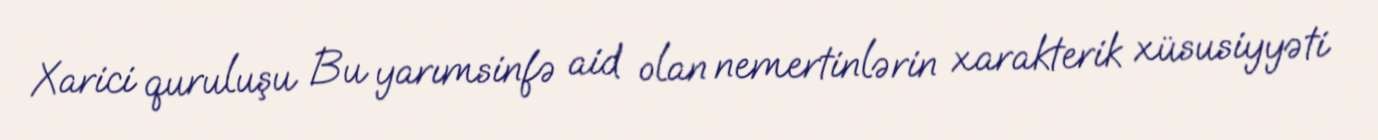
Xarici quruluşu Bu yarımsinfə aid olan nemertinlərin xarakterik xüsusiyyəti